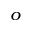
^ o